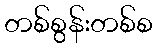
တစ်စွန်းတစ်စ